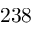
2 3 8